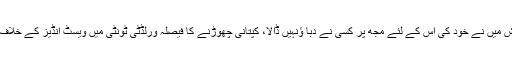
ٹیم کی قیادت سے استعفے کی پیشکش میں نے خود کی اس کے لئے مجھ پر کسی نے دبا ؤنہیں ڈالا، کپتانی چھوڑنے کا فیصلہ ورلڈٹی ٹونٹی میں ویسٹ انڈیز کے خلاف خراب کارکردگی کی وجہ سے کیا۔